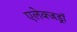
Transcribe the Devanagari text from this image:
एलेक्जड्राॅ